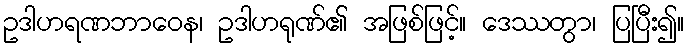
ဥဒါဟရဏဘာဝေန၊ ဥဒါဟရုဏ်၏ အဖြစ်ဖြင့်။ ဒေဿတွာ၊ ပြပြီး၍။